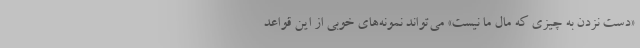
«دست نزدن به چیزی که مال ما نیست» می‌تواند نمونه‌های خوبی از این قواعد